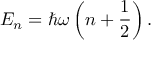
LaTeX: E _ { n } = \hbar \omega \left( n + { \frac { 1 } { 2 } } \right) .